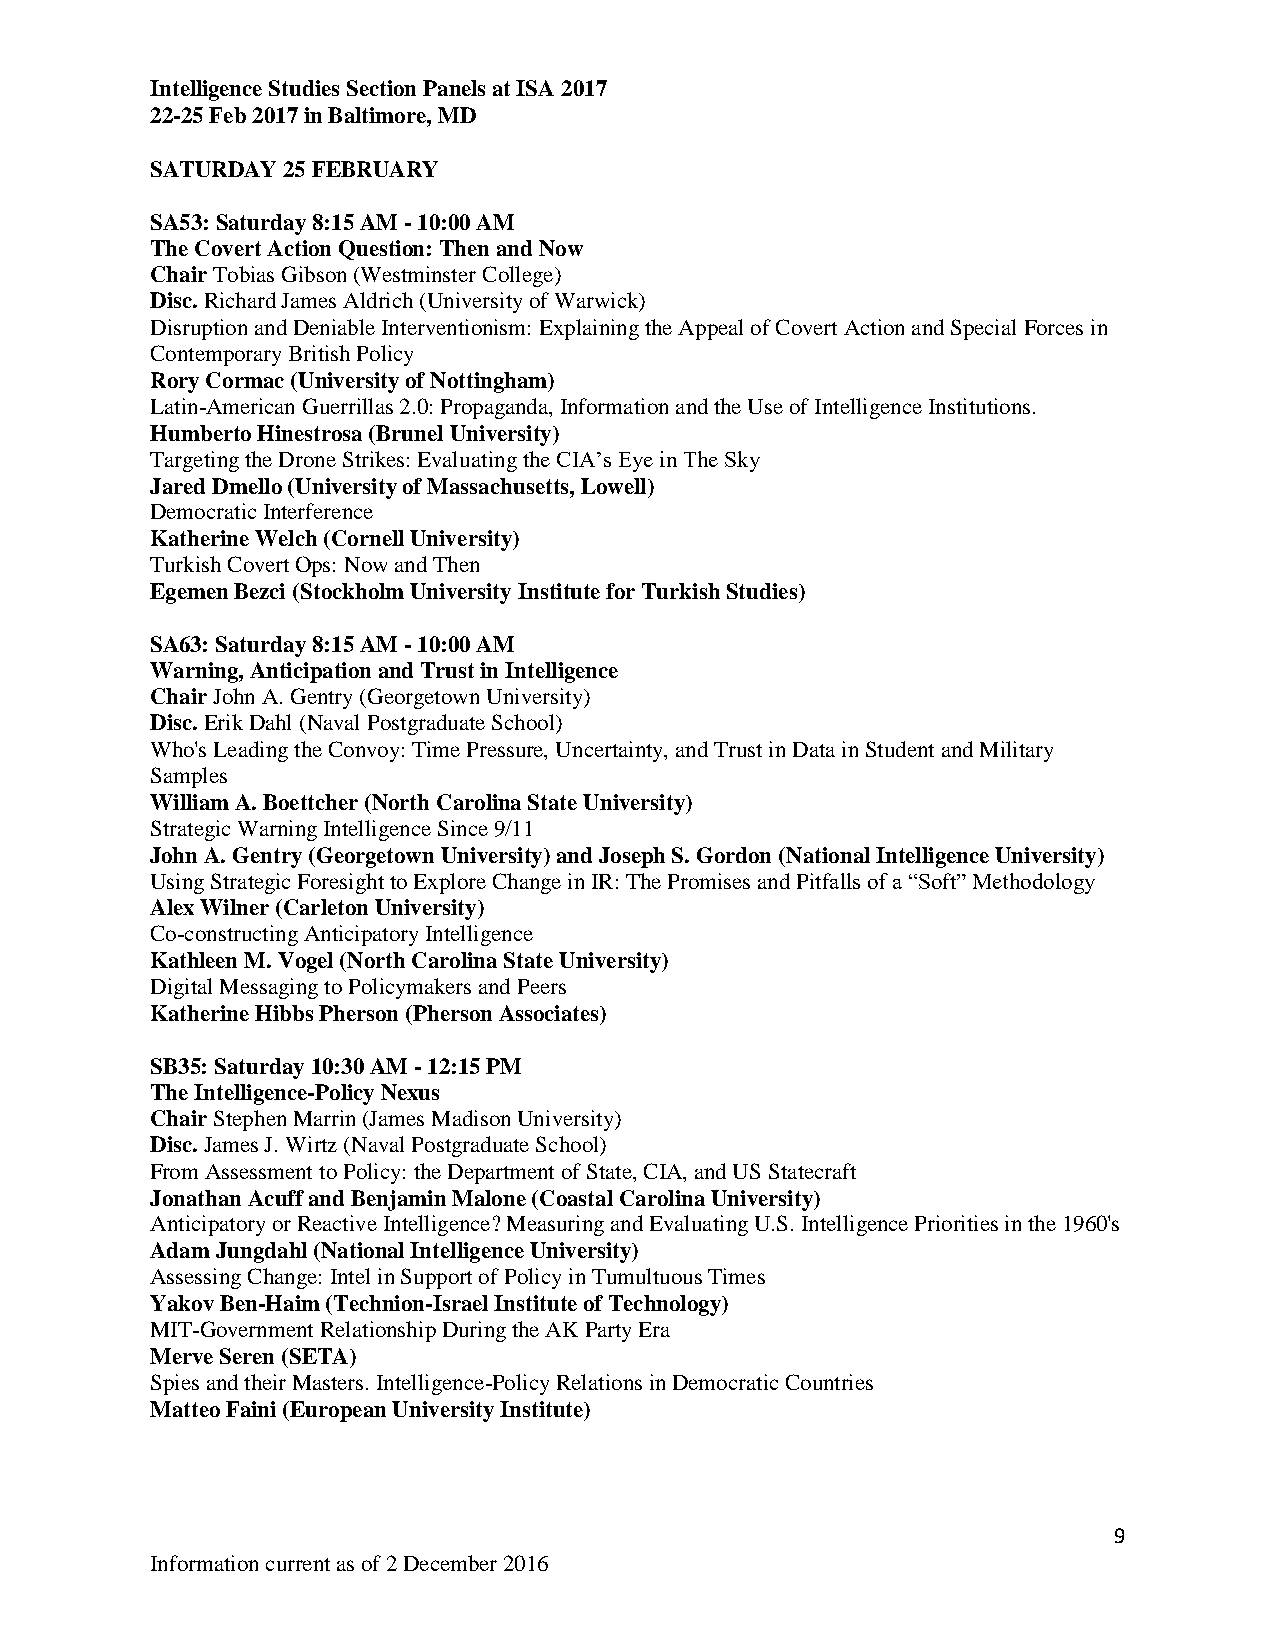
Intelligence Studies Section Panels at ISA 2017
 22-25 Feb 2017 in Baltimore, MD
 SATURDAY 25 FEBRUARY
 SA53: Saturday 8:15 AM - 10:00 AM
 The Covert Action Question: Then and Now
 Chair Tobias Gibson (Westminster College)
 Disc. Richard James Aldrich (University of Warwick)
 Disruption and Deniable Interventionism: Explaining the Appeal of Covert Action and Special Forces in
 Contemporary British Policy
 Rory Cormac (University of Nottingham)
 Latin-American Guerrillas 2.0: Propaganda, Information and the Use of Intelligence Institutions.
 Humberto Hinestrosa (Brunel University)
 Targeting the Drone Strikes: Evaluating the CIA’s Eye in The Sky
 Jared Dmello (University of Massachusetts, Lowell)
 Democratic Interference
 Katherine Welch (Cornell University)
 Turkish Covert Ops: Now and Then
 Egemen Bezci (Stockholm University Institute for Turkish Studies)
 SA63: Saturday 8:15 AM - 10:00 AM
 Warning, Anticipation and Trust in Intelligence
 Chair John A. Gentry (Georgetown University)
 Disc. Erik Dahl (Naval Postgraduate School)
 Who's Leading the Convoy: Time Pressure, Uncertainty, and Trust in Data in Student and Military
 Samples
 William A. Boettcher (North Carolina State University)
 Strategic Warning Intelligence Since 9/11
 John A. Gentry (Georgetown University) and Joseph S. Gordon (National Intelligence University)
 Using Strategic Foresight to Explore Change in IR: The Promises and Pitfalls of a “Soft” Methodology
 Alex Wilner (Carleton University)
 Co-constructing Anticipatory Intelligence
 Kathleen M. Vogel (North Carolina State University)
 Digital Messaging to Policymakers and Peers
 Katherine Hibbs Pherson (Pherson Associates)
 SB35: Saturday 10:30 AM - 12:15 PM
 The Intelligence-Policy Nexus
 Chair Stephen Marrin (James Madison University)
 Disc. James J. Wirtz (Naval Postgraduate School)
 From Assessment to Policy: the Department of State, CIA, and US Statecraft
 Jonathan Acuff and Benjamin Malone (Coastal Carolina University)
 Anticipatory or Reactive Intelligence? Measuring and Evaluating U.S. Intelligence Priorities in the 1960's
 Adam Jungdahl (National Intelligence University)
 Assessing Change: Intel in Support of Policy in Tumultuous Times
 Yakov Ben-Haim (Technion-Israel Institute of Technology)
 MIT-Government Relationship During the AK Party Era
 Merve Seren (SETA)
 Spies and their Masters. Intelligence-Policy Relations in Democratic Countries
 Matteo Faini (European University Institute)
 9
 Information current as of 2 December 2016